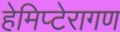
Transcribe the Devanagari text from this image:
हेमिप्टेरागण